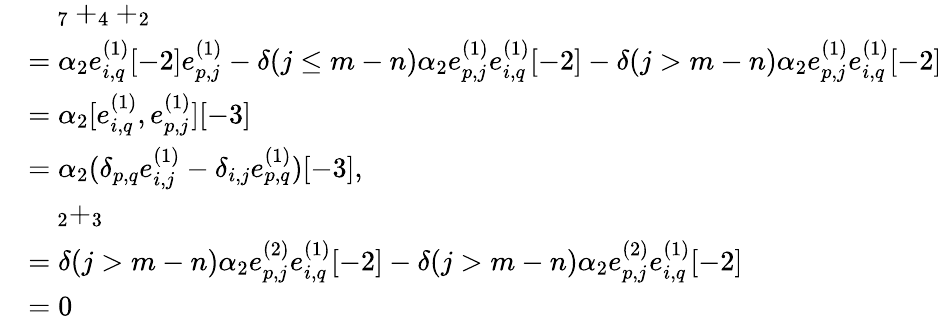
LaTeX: \begin{array}{rl}&{\quad_{7}+_{4}+_{2}}\\ &{=\alpha_{2}e_{i,q}^{(1)}[-2]e_{p,j}^{(1)}-\delta(j\leq m-n)\alpha_{2}e_{p,j}^{(1)}e_{i,q}^{(1)}[-2]-\delta(j>m-n)\alpha_{2}e_{p,j}^{(1)}e_{i,q}^{(1)}[-2]}\\ &{=\alpha_{2}[e_{i,q}^{(1)},e_{p,j}^{(1)}][-3]}\\ &{=\alpha_{2}(\delta_{p,q}e_{i,j}^{(1)}-\delta_{i,j}e_{p,q}^{(1)})[-3],}\\ &{\quad_{2}+_{3}}\\ &{=\delta(j>m-n)\alpha_{2}e_{p,j}^{(2)}e_{i,q}^{(1)}[-2]-\delta(j>m-n)\alpha_{2}e_{p,j}^{(2)}e_{i,q}^{(1)}[-2]}\\ &{=0}\end{array}